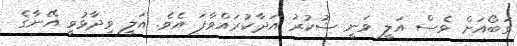
ގަބޯއަށް ވެސް އަލީ ވަނީ ޝުކުރު އަދާކުރައްވާފަ އެވެ. އަލީ ވިދާޅުވީ އޭނާގެ